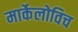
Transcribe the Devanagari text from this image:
मार्केलोविच